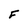
Character: F